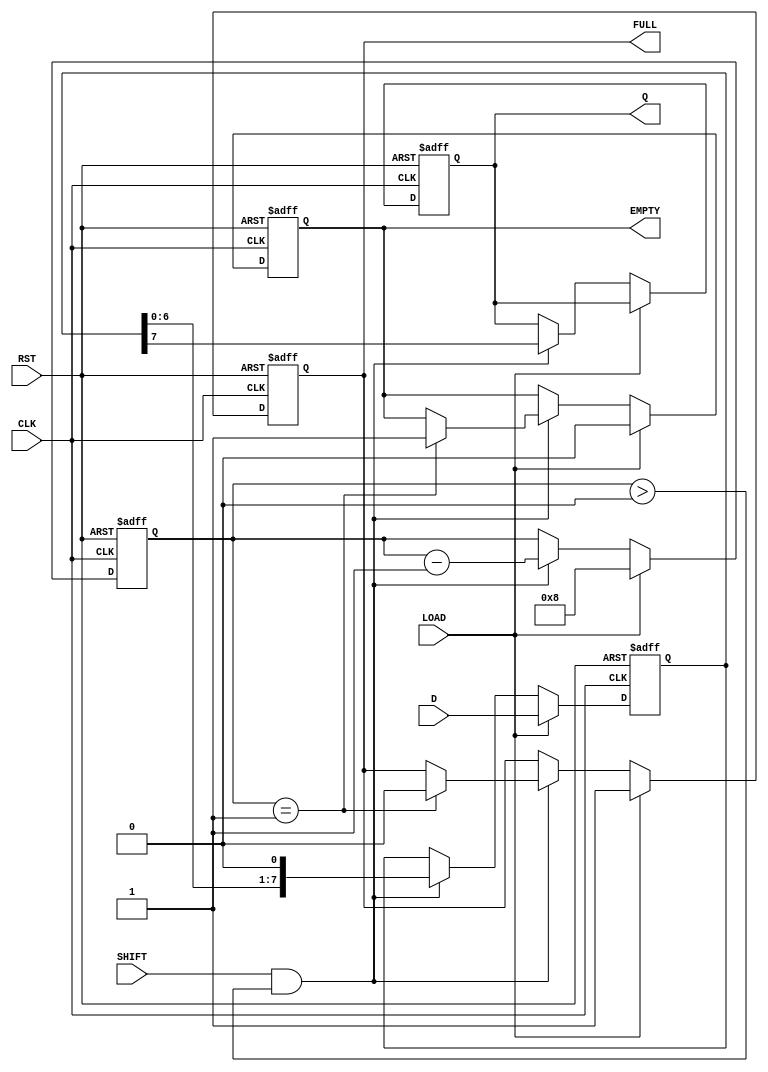
module PISO_Register #(
    parameter n = 8  // Width of the data input
)(
    input  wire [n-1:0] D,       // Parallel data input
    input  wire SHIFT,            // Shift control signal
    input  wire LOAD,             // Load control signal
    input  wire CLK,              // Clock signal
    input  wire RST,              // Reset signal
    output reg  Q,                // Serial output
    output reg  FULL,             // Full indicator
    output reg  EMPTY             // Empty indicator
);

    reg [n-1:0] shift_reg;        // Internal shift register
    reg [3:0] count;              // Counter for the number of bits shifted out

    always @(posedge CLK or posedge RST) begin
        if (RST) begin
            shift_reg <= 0;        // Clear the register on reset
            Q <= 0;                // Clear the serial output
            count <= 0;            // Reset the counter
            FULL <= 0;             // Set FULL to low
            EMPTY <= 1;            // Set EMPTY to high
        end else begin
            if (LOAD) begin
                shift_reg <= D;     // Load data into the shift register
                count <= n;         // Set the count to the width of the register
                FULL <= 1;          // Set FULL to high
                EMPTY <= 0;         // Set EMPTY to low
            end else if (SHIFT && count > 0) begin
                Q <= shift_reg[n-1]; // Output the MSB
                shift_reg <= {shift_reg[n-2:0], 1'b0}; // Shift left
                count <= count - 1;  // Decrement the count
                if (count == 1) begin
                    FULL <= 0;        // Set FULL to low if emptying the last bit
                    EMPTY <= 1;       // Set EMPTY to high when register is empty
                end
            end
        end
    end
endmodule